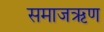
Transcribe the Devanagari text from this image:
समाजऋण